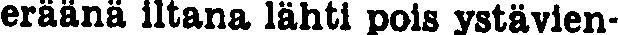
eräänä iltana lähti pois ystävien-